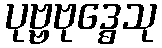
ပုဗ္ဗဗုဒ္ဓေသု